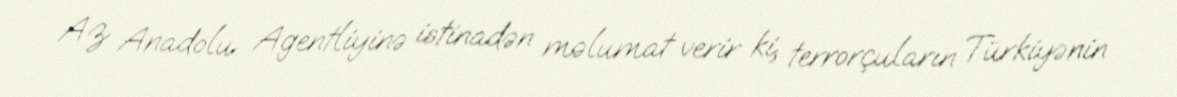
Az Anadolu Agentliyinə istinadən məlumat verir ki, terrorçuların Türkiyənin